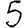
Digit: 5